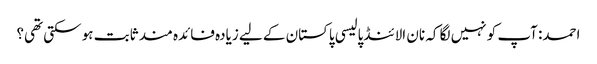
احمد: آپ کو نہیں لگا کہ نان الائنڈ پالیسی پاکستان کے لیے زیادہ فائدہ مند ثابت ہو سکتی تھی؟